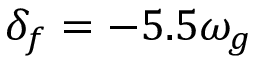
\delta _ { f } = - 5 . 5 \omega _ { g }